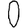
Digit: 0